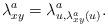
LaTeX: \begin{align*}\lambda^a_{xy} = \lambda^a_{u,\lambda^a_{xy}(u)}.\end{align*}